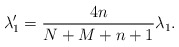
\begin{align*} \lambda _{1}^{\prime }=\frac{4n}{N+M+n+1}\lambda _{1}. \end{align*}